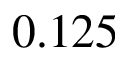
0 . 1 2 5